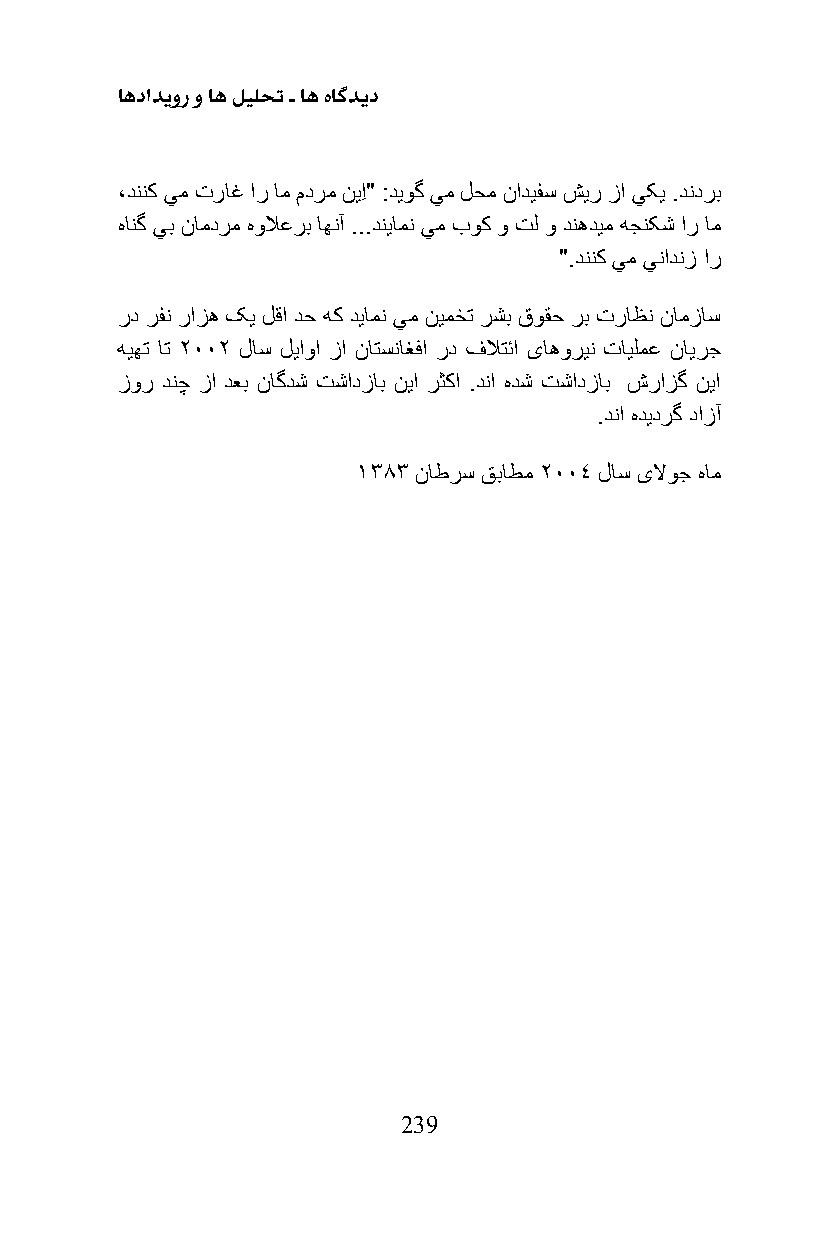
اهدادیور و اه لیلحت ـ اه هاگدید
 ،دننک يم تراغ ار ام مدرم نیِا" :دیوگ يم لحم نادیفس شیر زا يکی .دندرب
 هانگ يب نامدرم هولاعرب اهنآ ...دنیامن يم بوک و تل و دنهدیم هجنکش ار ام
 ".دننک يم ينادنز ار
 رد رفن رازه کی لقا دح هک دیامن يم نیمخت رشب قوقح رب تراظن نامزاس
 هیهت ات 2002 لاس لیاوا زا ناتسناغفا رد فلاتئا یاهورین تایلمع نایرج
 زور دنچ زا دعب ناگدش تشادزاب نیا رثکا .دنا هدش تشادزاب شرازگ نیا
 .دنا هدیدرگ دازآ
 1383 ناطرس قباطم 2004 لاس یلاوج هام
 239